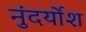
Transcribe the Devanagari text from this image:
नुंदर्योश